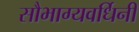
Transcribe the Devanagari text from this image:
सौभाग्यवर्धिनी